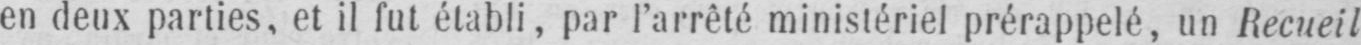
en deux parties, et il fut établi, par l’arrêté ministériel prérappelé, un Recueil